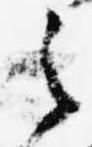
之